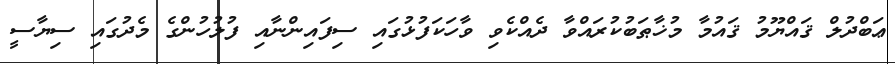
ޢަބްދުލް ޤައްޔޫމު ޤައުމާ މުޚާޠަބުކުރައްވާ ދެއްކެވި ވާހަކަފުޅުގައި ސިފައިންނާއި ފުލުހުންގެ މެދުގައި ސިޔާސީ